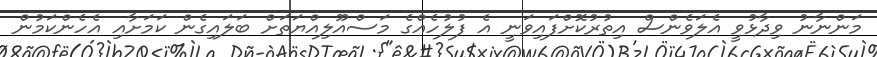
މަންނާނު ވިދާޅުވީ އެލަވެންސް އިތުރުކޮށްފައިވަނީ އެ ފުލުހެއްގެ މަސްއޫލިއްޔަތަށް ބަލައިގެން ކަމަށާއި އެހެންކަމުން